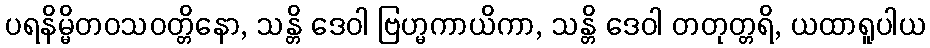
ပရနိမ္မိတဝသဝတ္တိနော, သန္တိ ဒေဝါ ဗြဟ္မကာယိကာ, သန္တိ ဒေဝါ တတုတ္တရိ, ယထာရူပါယ